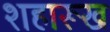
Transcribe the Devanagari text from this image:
शहारूख